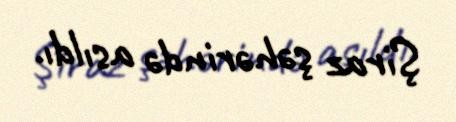
Şiraz şəhərində asıldı.